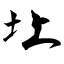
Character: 圵